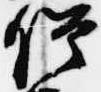
僧